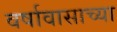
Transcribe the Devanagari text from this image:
वर्षावासाच्या